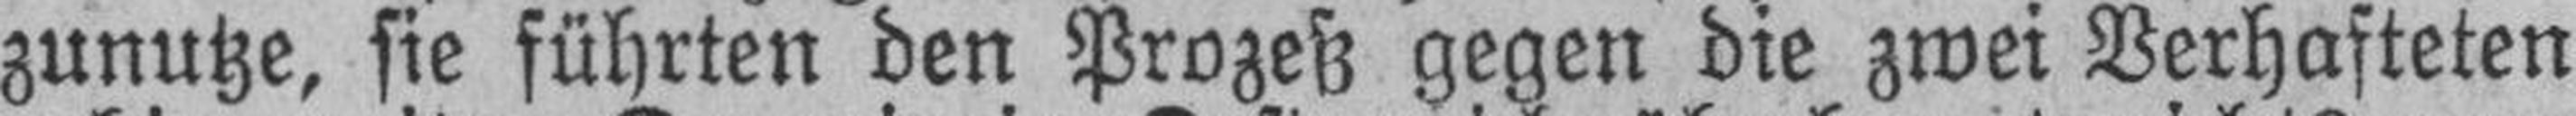
zunutze, sie führten den Prozeß gegen die zwei Verhafteten